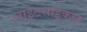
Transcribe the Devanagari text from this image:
लाइटसाइकल